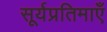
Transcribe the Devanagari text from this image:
सूर्यप्रतिमाएँ